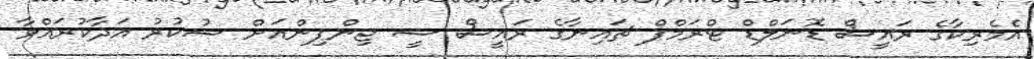
އެމެރިކާގެ ރައީސް ޑޮނަލްޑް ޓްރަމްޕް ޗައިނާގެ ރައީސް ޝީ ޖިންޕިންއަށް ޝުކުރު އަދާކުރައްވާ